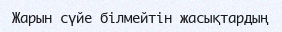
Жарын сүйе білмейтін жасықтардың